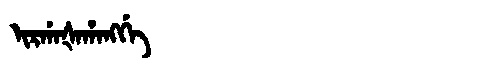
Manchu: ᡳᡵᡤᠠᡧᠠᡥᠠᠩᡤᡝ
Romanization: IRGAŠAHANGGE